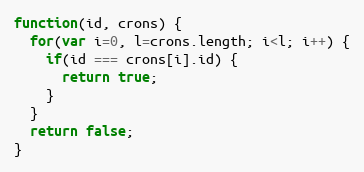
Language: JavaScript
function(id, crons) {
  for(var i=0, l=crons.length; i<l; i++) {
    if(id === crons[i].id) {
      return true;
    }
  }
  return false;
}